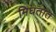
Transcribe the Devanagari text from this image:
मिघतात